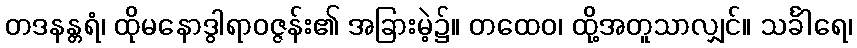
တဒနန္တရံ၊ ထိုမနောဒွါရာဝဇ္ဇန်း၏ အခြားမဲ့၌။ တထေဝ၊ ထို့အတူသာလျှင်။ သင်္ခါရေ၊